Vaccination North-Western Provinces 1866-1877 - 1866-1877
Year: 1866
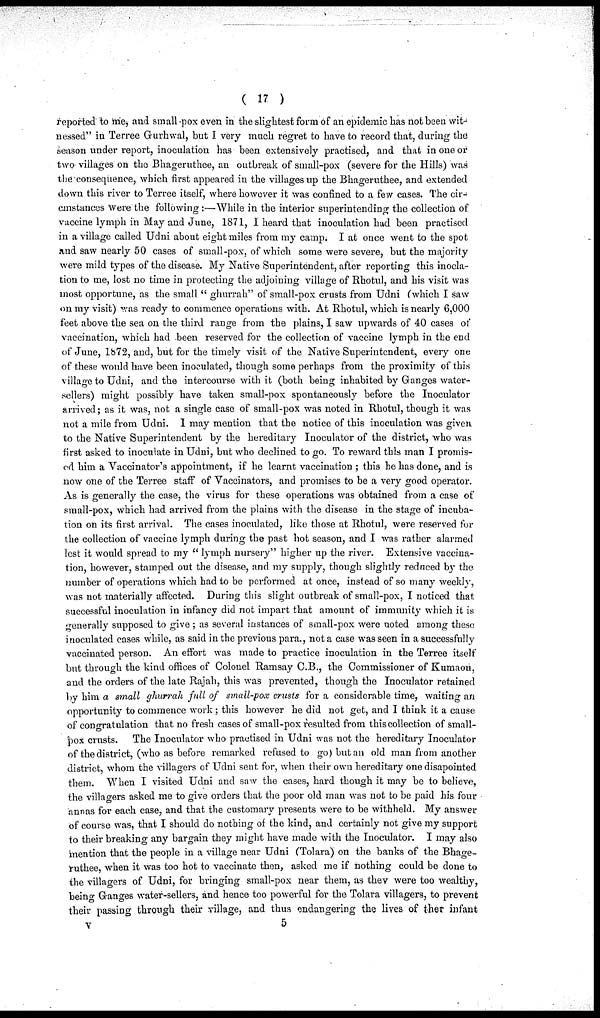
( 17 )
reported to me, and small-pox even in the slightest form of an epidemic has not been wit-
nessed" in Terree Gurhwal, but I very much regret to have to record that, during the
season under report, inoculation has been extensively practised, and that in one or
two villages on the Bhageruthee, an outbreak of small-pox (severe for the Hills) was
the consequence, which first appeared in the villages up the Bhageruthee, and extended
down this river to Terree itself, where however it was confined to a few cases. The cir¬
cmstances were the following:—While in the interior superintending the collection of
vaccine lymph in May and June, 1871, I heard that inoculation had been practised
in a village called Udni about eight miles from my camp. I at once went to the spot
and saw nearly 50 cases of small-pox, of which some were severe, but the majority
were mild types of the disease. My Native Superintendent, after reporting this inocla¬
tion to me, lost no time in protecting the adjoining village of Rhotul, and his visit was
most opportune, as the small " ghurrah" of small-pox crusts from Udni (which I saw
on my visit) was ready to commence operations with. At Rhotul, which is nearly 6,000
feet above the sea on the third range from the plains, I saw upwards of 40 cases of
vaccination, which had been reserved for the collection of vaccine lymph in the end
of June, l872, and, but for the timely visit of the Native Superintendent, every one
of these would have been inoculated, though some perhaps from the proximity of this
village to Udni, and the intercourse with it (both being inhabited by Ganges water-
sellers) might possibly have taken small-pox spontaneously before the Inoculator
arrived; as it was, not a single case of small-pox was noted in Rhotul, though it was
not a mile from Udni. I may mention that the notice of this inoculation was given
to the Native Superintendent by the hereditary Inoculator of the district, who was
first asked to inoculate in Udni, but who declined to go. To reward this man I promis-
ed him a Vaccinator's appointment, if he learnt vaccination ; this he has done, and is
now one of the Terree staff of Vaccinators, and promises to be a very good operator.
As is generally the case, the virus for these operations was obtained from a case of
small-pox, which had arrived from the plains with the disease in the stage of incuba-
tion on its first arrival. The cases inoculated, like those at Rhotul, were reserved for
the collection of vaccine lymph during the past hot season, and I was rather alarmed
lest it would spread to my " lymph nursery" higher up the river. Extensive vaccina-
tion, however, stamped out the disease, and my supply, though slightly reduced by the
number of operations which had to be performed at once, instead of so many weekly,
was not materially affected. During this slight outbreak of small-pox, I noticed that
successful inoculation in infancy did not impart that amount of immunity which it is
generally supposed to give ; as several instances of small-pox were noted among these;
inoculated cases while, as said in the previous para., not a case was seen in a successfully
vaccinated person. An effort was made to practice inoculation in the Terree itself
but through the kind offices of Colonel Ramsay C.B., the Commissioner of Kumaon,
and the orders of the late Rajah, this was prevented, though the Inoculator retained
by him a small ghurrah full of small-pox crusts for a considerable time, waiting an
opportunity to commence work ; this however he did not get, and I think it a cause
of congratulation that no fresh cases of small-pox resulted from this collection of small-
pox crusts. The Inoculator who practised in Udni was not the hereditary Inoculator
of the district, (who as before remarked refused to go) but an old man from another
district, whom the villagers of Udni sent for, when their own hereditary one disapointed
them. When I visited Udni and saw the cases, hard though it may be to believe,
the villagers asked me to give orders that the poor old man was not to be paid his four
annas for each case, and that the customary presents were to be withheld. My answer
of course was, that I should do nothing of the kind, and certainly not give my support
to their breaking any bargain they might have made with the Inoculator. I may also
mention that the people in a village near Udni (Tolara) on the banks of the Bhage-
ruthee, when it was too hot to vaccinate then, asked me if nothing could be done to
the villagers of Udni, for bringing small-pox near them, as thev were too wealthy,
being Ganges water-sellers, and hence too powerful for the Tolara villagers, to prevent
their passing through their village, and thus endangering the lives of ther infant
V 5